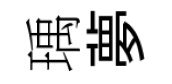
瑀夢